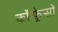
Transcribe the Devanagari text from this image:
कॉन्फ़्रेन्सों